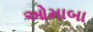
ઓમાબા